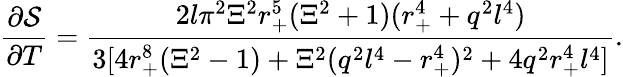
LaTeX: \frac{\partial\mathcal{S}}{\partial T}=\frac{2l\pi^{2}\Xi^{2}r_{+}^{5}(\Xi^{2}+1)(r_{+}^{4}+q^{2}l^{4})}{3[4r_{+}^{8}(\Xi^{2}-1)+\Xi^{2}(q^{2}l^{4}-r_{+}^{4})^{2}+4q^{2}r_{+}^{4}l^{4}]}.